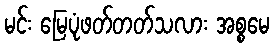
မင်း မြေပုံဖတ်တတ်သလား အစ္စမေ